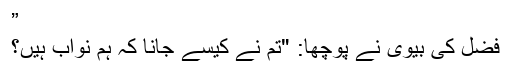
”
فضل کی بیوی نے پوچھا: "تم نے کیسے جانا کہ ہم نواب ہیں؟